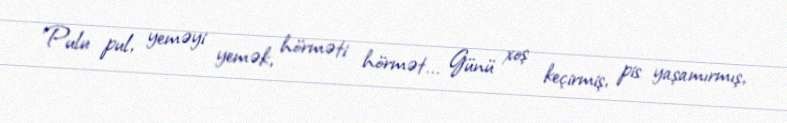
Pulu pul, yeməyi yemək, hörməti hörmət... Günü xoş keçirmiş, pis yaşamırmış,